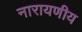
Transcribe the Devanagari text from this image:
नारायणीय